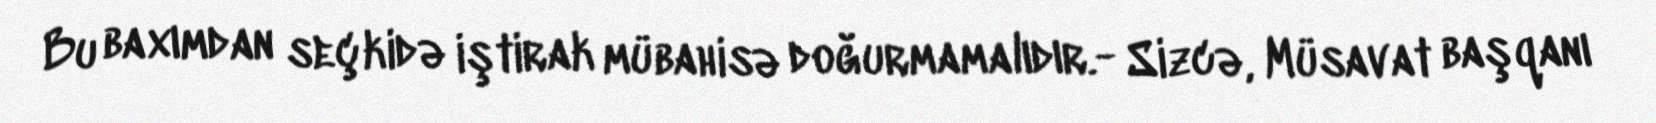
Bu baxımdan seçkidə iştirak mübahisə doğurmamalıdır.- Sizcə, Müsavat başqanı